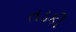
તડકી